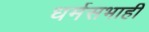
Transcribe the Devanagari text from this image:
धर्मसभाही